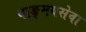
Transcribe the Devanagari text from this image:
वाङ्‌मयसेवा